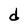
Character: d